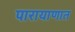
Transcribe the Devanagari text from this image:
पारायाणात